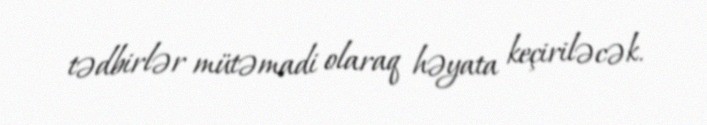
tədbirlər mütəmadi olaraq həyata keçiriləcək.